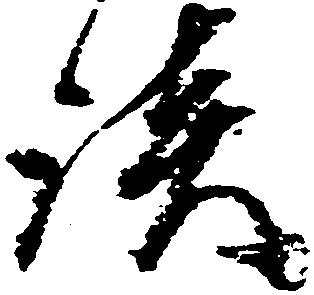
談